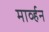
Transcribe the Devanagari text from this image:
मार्व्हन